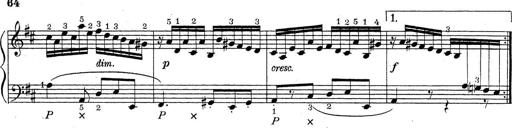
Title: ÄŒeskÃ© Sonatiny
Composer: Various